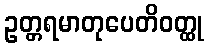
ဥတ္တရမာတုပေတိဝတ္ထု